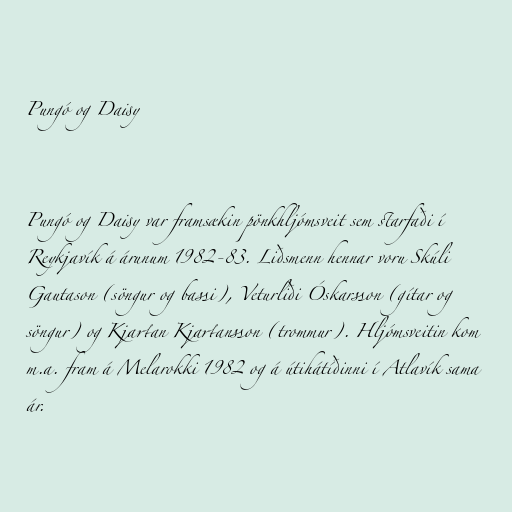
Pungó og Daisy

Pungó og Daisy var framsækin pönkhljómsveit sem starfaði í
Reykjavík á árunum 1982-83. Liðsmenn hennar voru Skúli
Gautason (söngur og bassi), Veturliði Óskarsson (gítar og
söngur) og Kjartan Kjartansson (trommur). Hljómsveitin kom
m.a. fram á Melarokki 1982 og á útihátíðinni í Atlavík sama
ár.